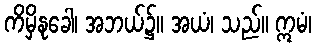
ကိမှိနုခေါ၊ အဘယ်၌။ အယံ၊ သည်။ ဣမံ၊